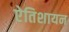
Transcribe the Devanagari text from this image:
ऐतिशायन